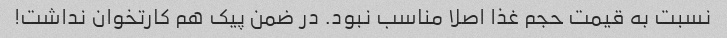
نسبت به قیمت حجم غذا اصلا مناسب نبود. در ضمن پیک هم کارتخوان نداشت!